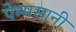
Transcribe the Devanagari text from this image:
पेम्मसानी